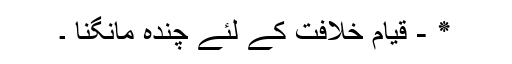
٭ - قیامِ خلافت کے لئے چندہ مانگنا ۔